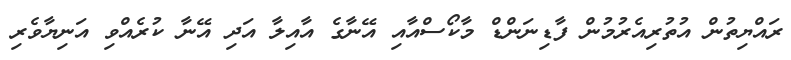
ރައްޔިތުން އުތުރިއެރުމުން ފާޑިނަންޑް މާކޯސްއާއި އޭނާގެ އާއިލާ އަދި އޭނާ ކުރެއްވި އަނިޔާވެރި